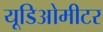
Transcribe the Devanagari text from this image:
यूडिओमीटर